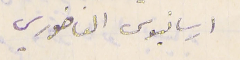
ارسانيوس الفاخوري